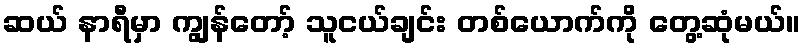
ဆယ် နာရီမှာ ကျွန်တော့် သူငယ်ချင်း တစ်ယောက်ကို တွေ့ဆုံမယ်။